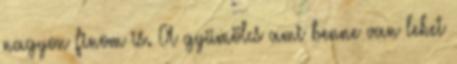
nagyon finom is. A gyümölcs ami benne van lehet